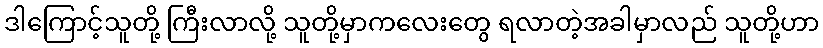
ဒါကြောင့်သူတို့ ကြီးလာလို့ သူတို့မှာကလေးတွေ ရလာတဲ့အခါမှာလည် သူတို့ဟာ